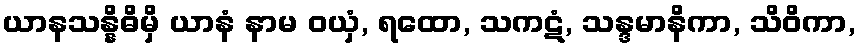
ယာနသန္နိဓိမှိ ယာနံ နာမ ဝယှံ, ရထော, သကဋံ, သန္ဒမာနိကာ, သိဝိကာ,